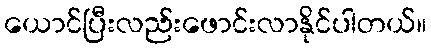
ယောင်ပြီးလည်းဖောင်းလာနိုင်ပါတယ်။